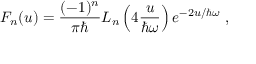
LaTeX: F _ { n } ( u ) = { \frac { ( - 1 ) ^ { n } } { \pi \hbar } } L _ { n } \left( 4 { \frac { u } { \hbar \omega } } \right) e ^ { - 2 u / \hbar \omega } ~ ,